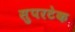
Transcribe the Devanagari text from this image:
सुपरटेक